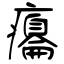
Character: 癟